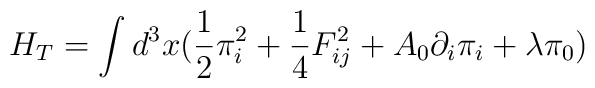
H_T = \int d^3x (\frac{1}{2}\pi_i^2 +\frac{1}{4}F_{ij}^2 + A_0\partial_i\pi_i+\lambda\pi_0)